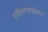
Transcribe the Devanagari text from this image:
संविधानासोबत